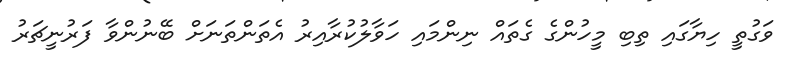
ވަގުތީ ހިޔާގައި ތިބި މީހުންގެ ގެތައް ނިންމައި ހަވާލުކުރާއިރު އެތަންތަނަށް ބޭނުންވާ ފަރުނީޗަރު